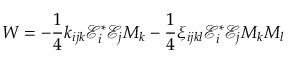
W = - \frac { 1 } { 4 } k _ { i j k } \mathcal { E } _ { i } ^ { * } \mathcal { E } _ { j } M _ { k } - \frac { 1 } { 4 } \xi _ { i j k l } \mathcal { E } _ { i } ^ { * } \mathcal { E } _ { j } M _ { k } M _ { l }